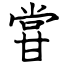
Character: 甞